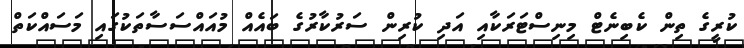
ކުރީގެ ތިން ކެބިނެޓް މިނިސްޓަރަކާއި އަދި ކުރިން ސަރުކާރުގެ ބައެއް މުއައްސަސާތަކުގައި މަސައްކަތް